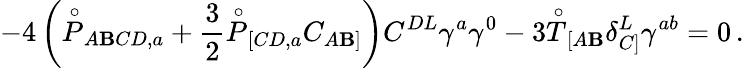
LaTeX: -4\left(\stackrel{\circ}{P}_{A\mathbf{B}CD,a}+\frac{{3}}{{2}}\stackrel{\circ}{P}_{[CD,a}C_{A\mathbf{B}]}\right)C^{DL}\gamma^{a}\gamma^{0}-3\stackrel{\circ}{T}_{[A\mathbf{B}}\delta_{C]}^{L}\gamma^{ab}=0\, .